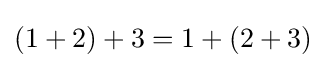
(1+2)+3=1+(2+3)